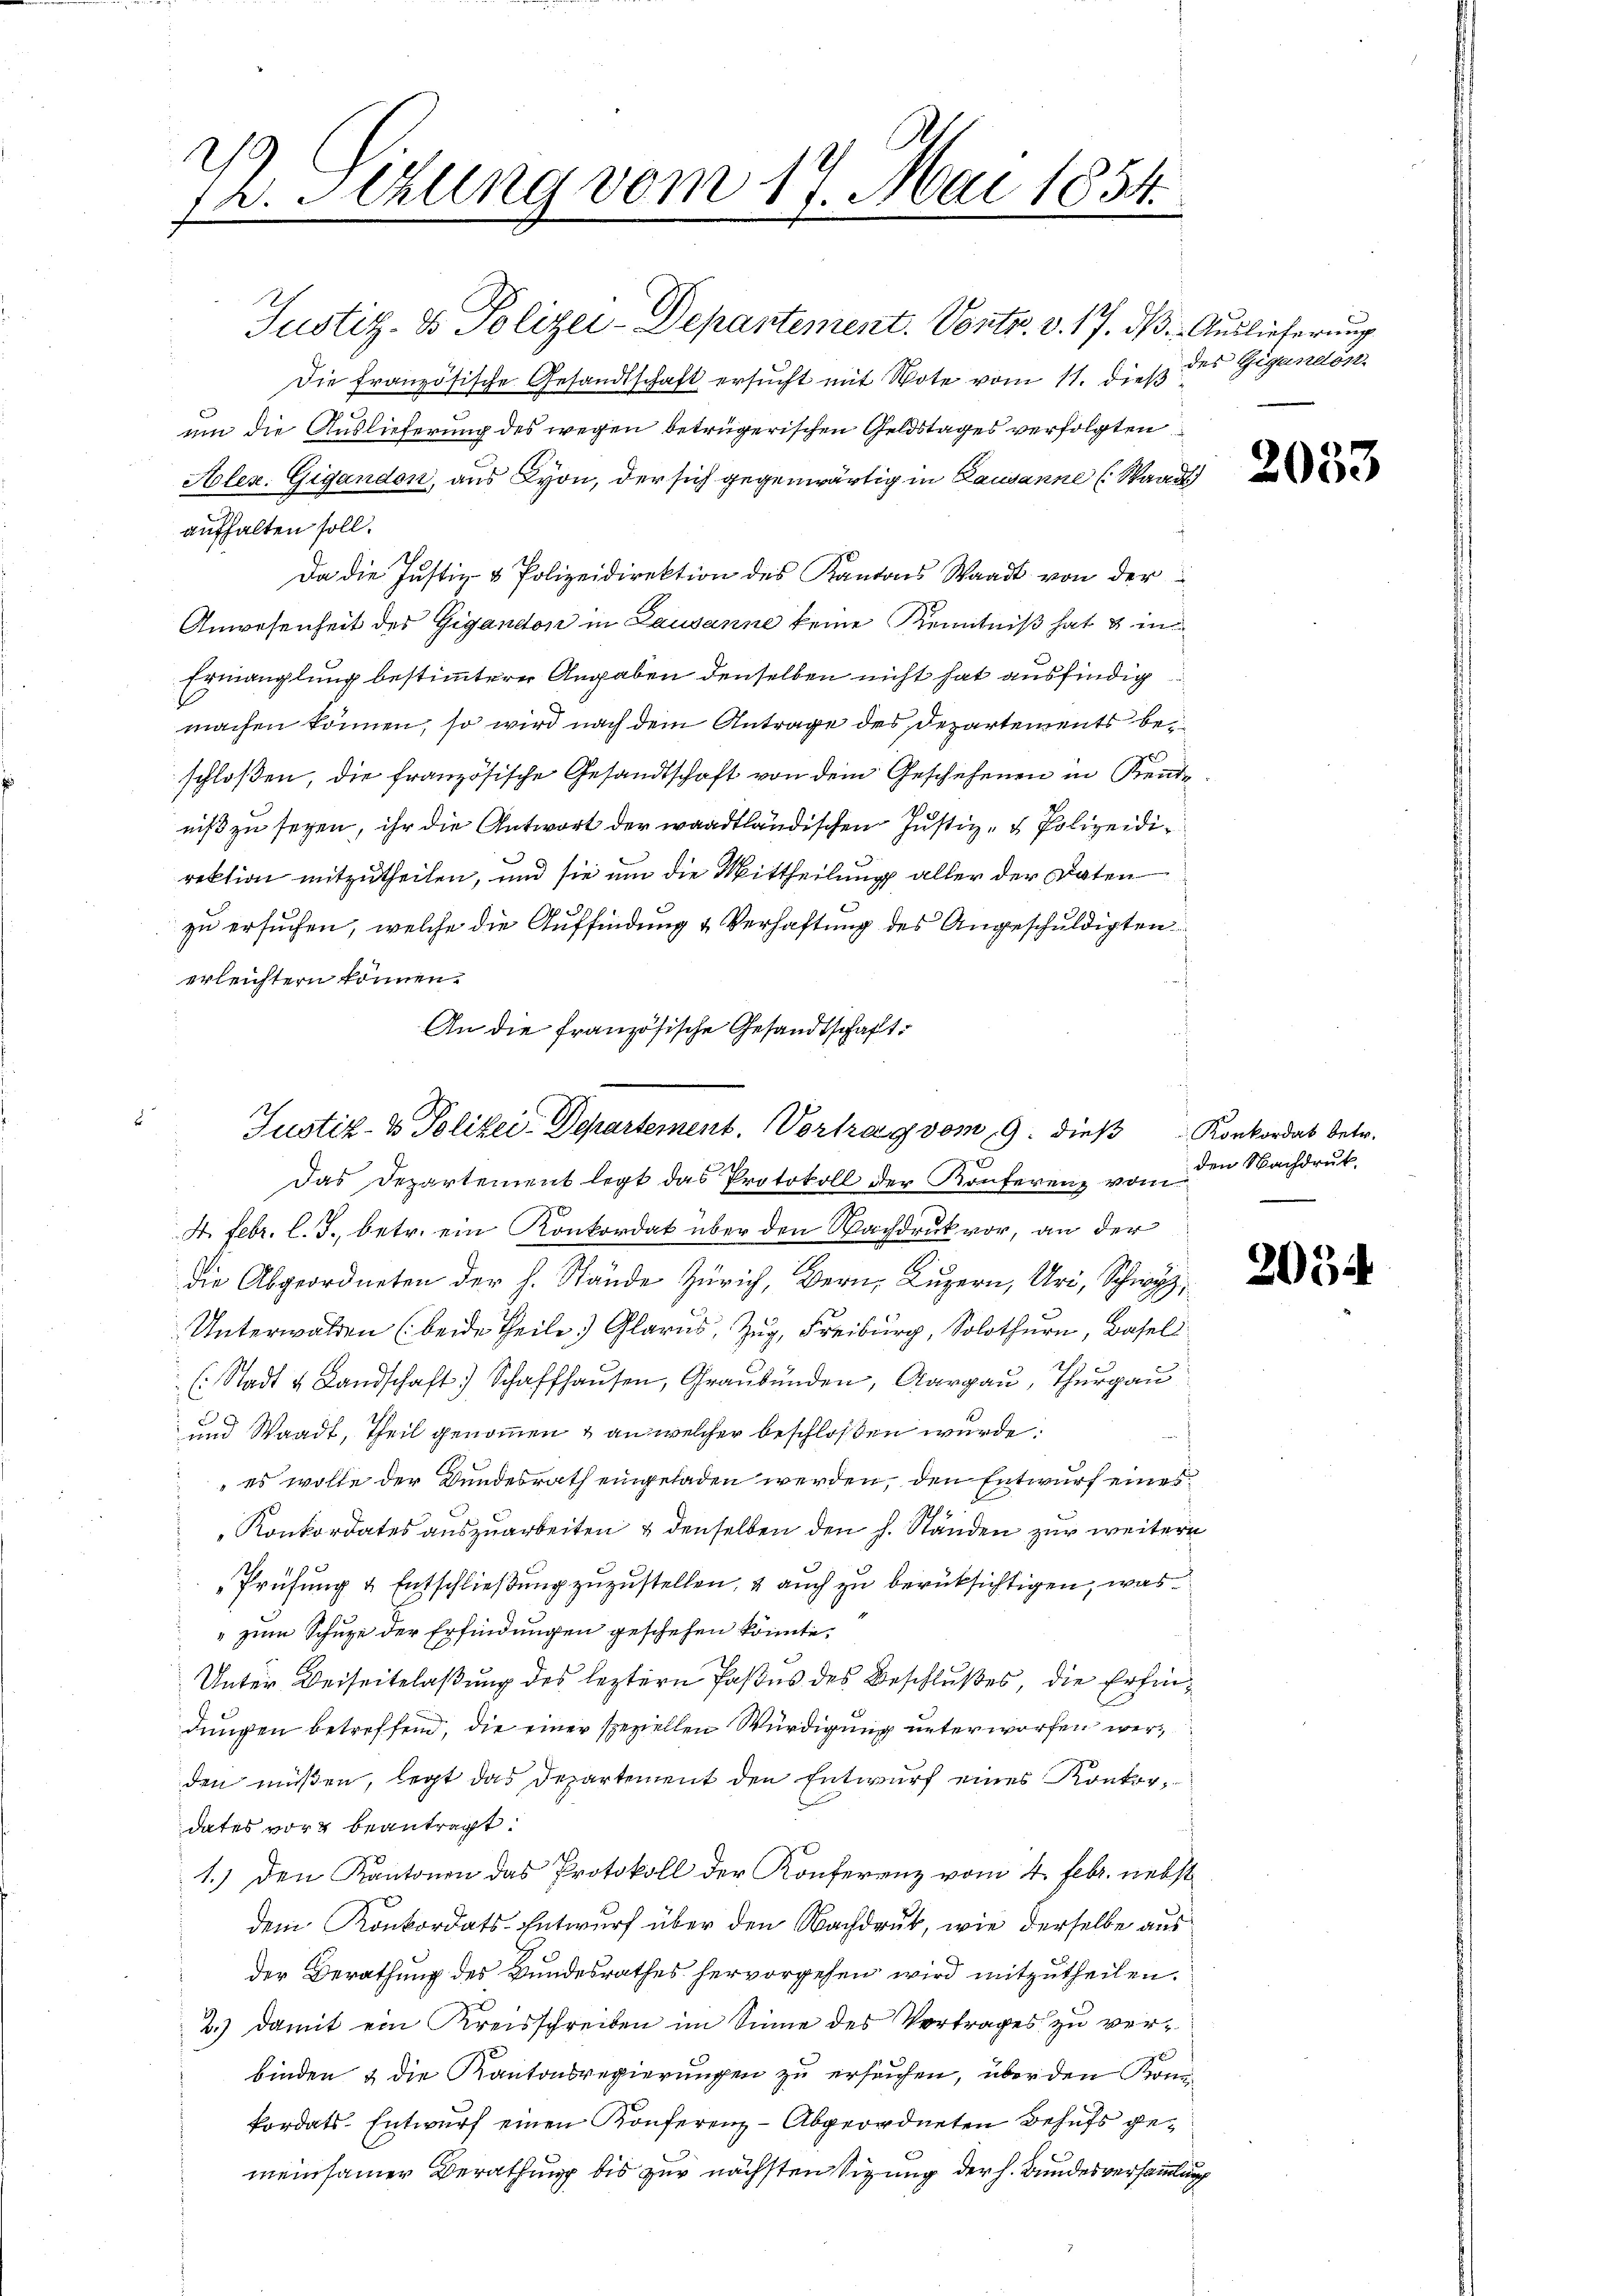
P. Sizung vom 17. Mai 1854.

Justiz- & Polizei-Depantement. Vontr. v. 17. ds. Auslieferung
i
Die französische Gesandtschaft ersucht mit Note vom 11. dieß
um die Auslieferung des wegen betrügerischen Geldstages verfolgten
Alex. Gigandon, aus Lyon, der sich gegenwärtig in Lausanne (Stand
aufhalten soll.
Da die Justiz- & Polizeidirektion des Kantons Waadt von der
Anwesenheit des Gigandon in Lausanne keine Kenntniß hat & in
Ermanglung bestimmtere Angaben denselben nicht hat ausfindig
machen können, so wird nach dem Antrage des Departements beschloßen, die französische Gesandtschaft von dem Geschehenen in Kente
niß zu seyen, ihr die Antwort der waadtländischen Justiz- & Polizeidirektion mitzutheilen, und sie um die Mittheilung aller der Daten
zu ersuchen, welche die Auffindung & Verhaftung des Angeschuldigten
erleichtern können.
An die französische Gesandtschaft

Justiz- & Polizei-Departement. Vortrag vom 19. dieß Konkordat betr.
c

Das Departement legt das Protokoll der Konferenz vom
4. Febr. l. J., betr. ein Konkordat über den Nachdruck vor, an der
die Abgeordneten der h. Stände Zürich, Bern, Luzern, Uri, Schwyz,
Unterwalden (beide Theile) Glarus, Zug, Freiburg, Solothurn, Basel
 (: Stadt & Landschaft) Schaffhaŭsen, Graubünden, Aargau, Thurga
.
und Waadt, Theil genommen & an welcher beschloßen wurde.
„es wolle der Bundesrath eingeladen werden, den Entwurf eines
2
Konkordates auszuarbeiten & denselben den h. Standen zur weitere
Prüfung & Entschließung zuzustellen, & auch zu berücksichtigen, was
" zum Schuze der Erfindungen geschehen könnte.
Unter Beiseitslaßung des leztern Paßes des Beschlußes, die Erfindungen betreffend, die einer speziellen Würdigung unterworfen werden müßen, legt das Departement den Entwurf eines Konkordates vor beantragt.
1.) Den Kantonen das Protokoll der Konferenz vom 4. Febr. nebst
dem Konkordats-Entwurf über den Nachdruck, wie derselbe aus
der Berathung des Bundesrathes hervorgehen wird mitzutheilen.
2.) Damit ein Kreisschreiben im Sinne des Vertrages zu verbinden & die Kantonsregierungen zu ersuchen, über den Konkordats-Entwurf einen Konferenz-Abgeordneten Behufs gemeinsamer Berathung bis zur nächsten Sizung der h. Bundesversammlung

des Gigandon.

2033

den Nachdruck.

205.